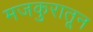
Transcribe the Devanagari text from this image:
मजकुरातून